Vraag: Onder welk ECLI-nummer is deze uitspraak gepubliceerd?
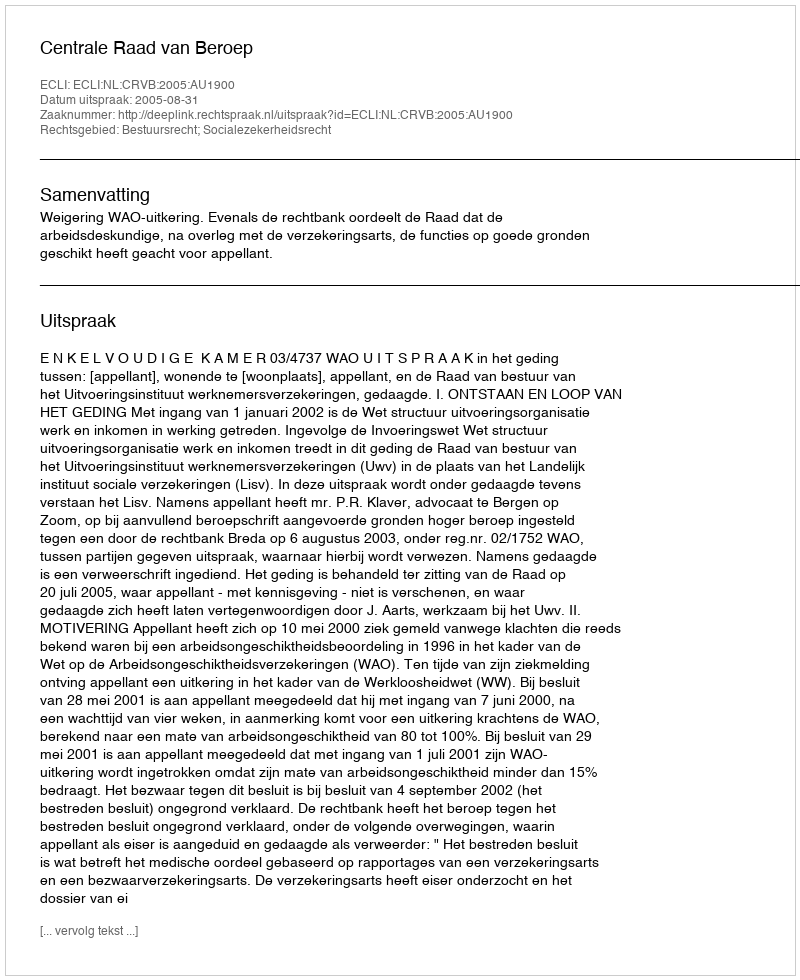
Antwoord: ECLI:NL:CRVB:2005:AU1900